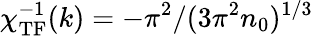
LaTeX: \chi_{\mathrm{TF}}^{-1}(k)=-\pi^{2}/(3\pi^{2}n_{0})^{1/3}